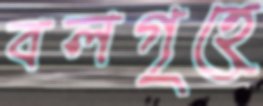
বলগৃহে